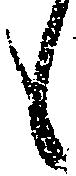
候